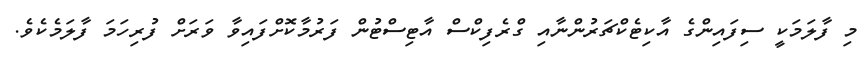
މި ފާލަމަކީ ސިފައިންގެ އާކިޓެކްޗަރުންނާއި ގްރެފިކްސް އާޓިސްޓުން ފަރުމާކޮށްފައިވާ ވަރަށް ފުރިހަމަ ފާލަމެކެވެ.